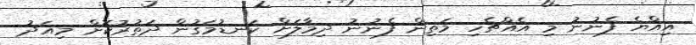
އިއްޔެ ފެނުނު މި އެއްޗެހި މަތިން ފެނުނު ދިމާލަށް ކަނޑުމަގުން ދަތުރުކޮށް މިއަދު